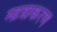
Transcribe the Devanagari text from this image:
मात्राकरण